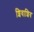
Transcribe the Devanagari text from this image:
शिवाशिव